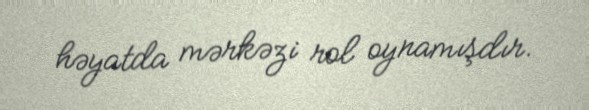
həyatda mərkəzi rol oynamışdır.